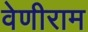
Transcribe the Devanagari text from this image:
वेणीराम